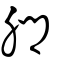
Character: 膷